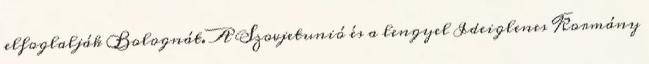
elfoglalják Bolognát. A Szovjetunió és a lengyel Ideiglenes Kormány